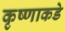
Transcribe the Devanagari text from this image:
कृष्णाकडे